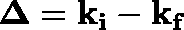
\mathbf { \Delta } = \mathbf { k _ { i } } - \mathbf { k _ { f } }